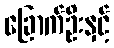
ခြောက်ဦးနှင့်